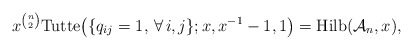
\begin{gather*}x^{{n\choose 2}} {\rm Tutte}\big(\{q_{ij}=1,\,\forall \, i,j \};x,x^{-1}-1,1\big)={\rm Hilb}({\cal{A}}_{n},x),\end{gather*}